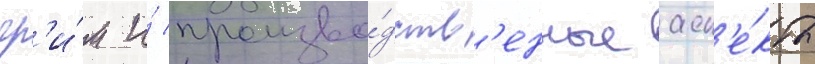
гр'и́м и́ произво́дств'енные асп'е́кты